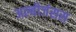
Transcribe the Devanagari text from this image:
अल्बीजंसस